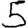
Digit: 5